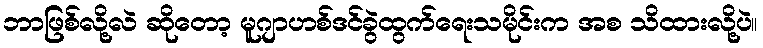
ဘာဖြစ်လို့လဲ ဆိုတော့ မူဂျာဟစ်ဒင်ခွဲထွက်ရေးသမိုင်းက အစ သိထားလို့ပဲ။